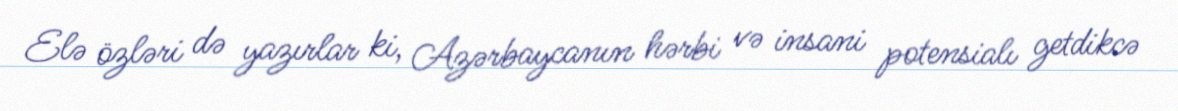
Elə özləri də yazırlar ki, Azərbaycanın hərbi və insani potensialı getdikcə